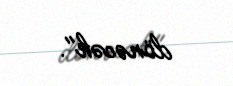
dönəcək".